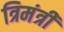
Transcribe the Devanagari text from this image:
त्रिमंत्री